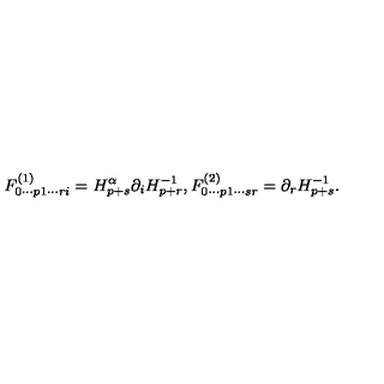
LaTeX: F _ { 0 \cdots p 1 \cdots r i } ^ { ( 1 ) } = H _ { p + s } ^ { \alpha } \partial _ { i } H _ { p + r } ^ { - 1 } , F _ { 0 \cdots p 1 \cdots s r } ^ { ( 2 ) } = \partial _ { r } H _ { p + s } ^ { - 1 } .